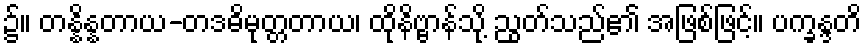
၌။ တန္နိန္နတာယ-တဒဓိမုတ္တတာယ၊ ထိုနိဗ္ဗာန်သို့ ညွတ်သည်၏ အဖြစ်ဖြင့်။ ပက္ခန္ဒတိ